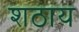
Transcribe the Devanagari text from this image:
शठाय